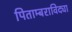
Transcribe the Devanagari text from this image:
पिताम्बराविद्या